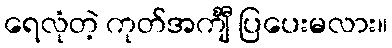
ရေလုံတဲ့ ကုတ်အင်္ကျီ ပြပေးမလား။